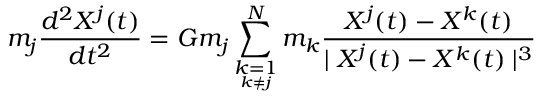
m _ { j } \frac { d ^ { 2 } X ^ { j } ( t ) } { d t ^ { 2 } } = G m _ { j } \sum _ { \underset { k \neq j } { k = 1 } } ^ { N } m _ { k } \frac { X ^ { j } ( t ) - X ^ { k } ( t ) } { \mid X ^ { j } ( t ) - X ^ { k } ( t ) \mid ^ { 3 } }